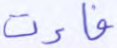
فاءت